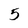
Character: 5